Civil Veterinary Dept. North-West Frontier Province 1901-22 - 1901-1922
Year: 1901
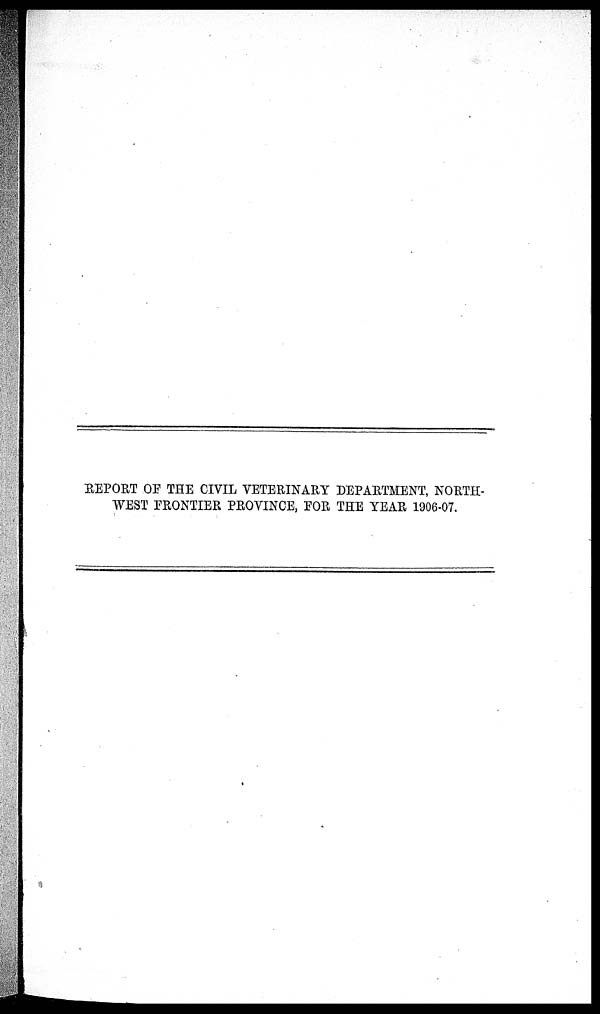
REPORT OF THE CIVIL VETERINARY DEPARTMENT, NORTH-
WEST FRONTIER PROVINCE, FOR THE YEAR 1906-07.